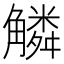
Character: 䚬